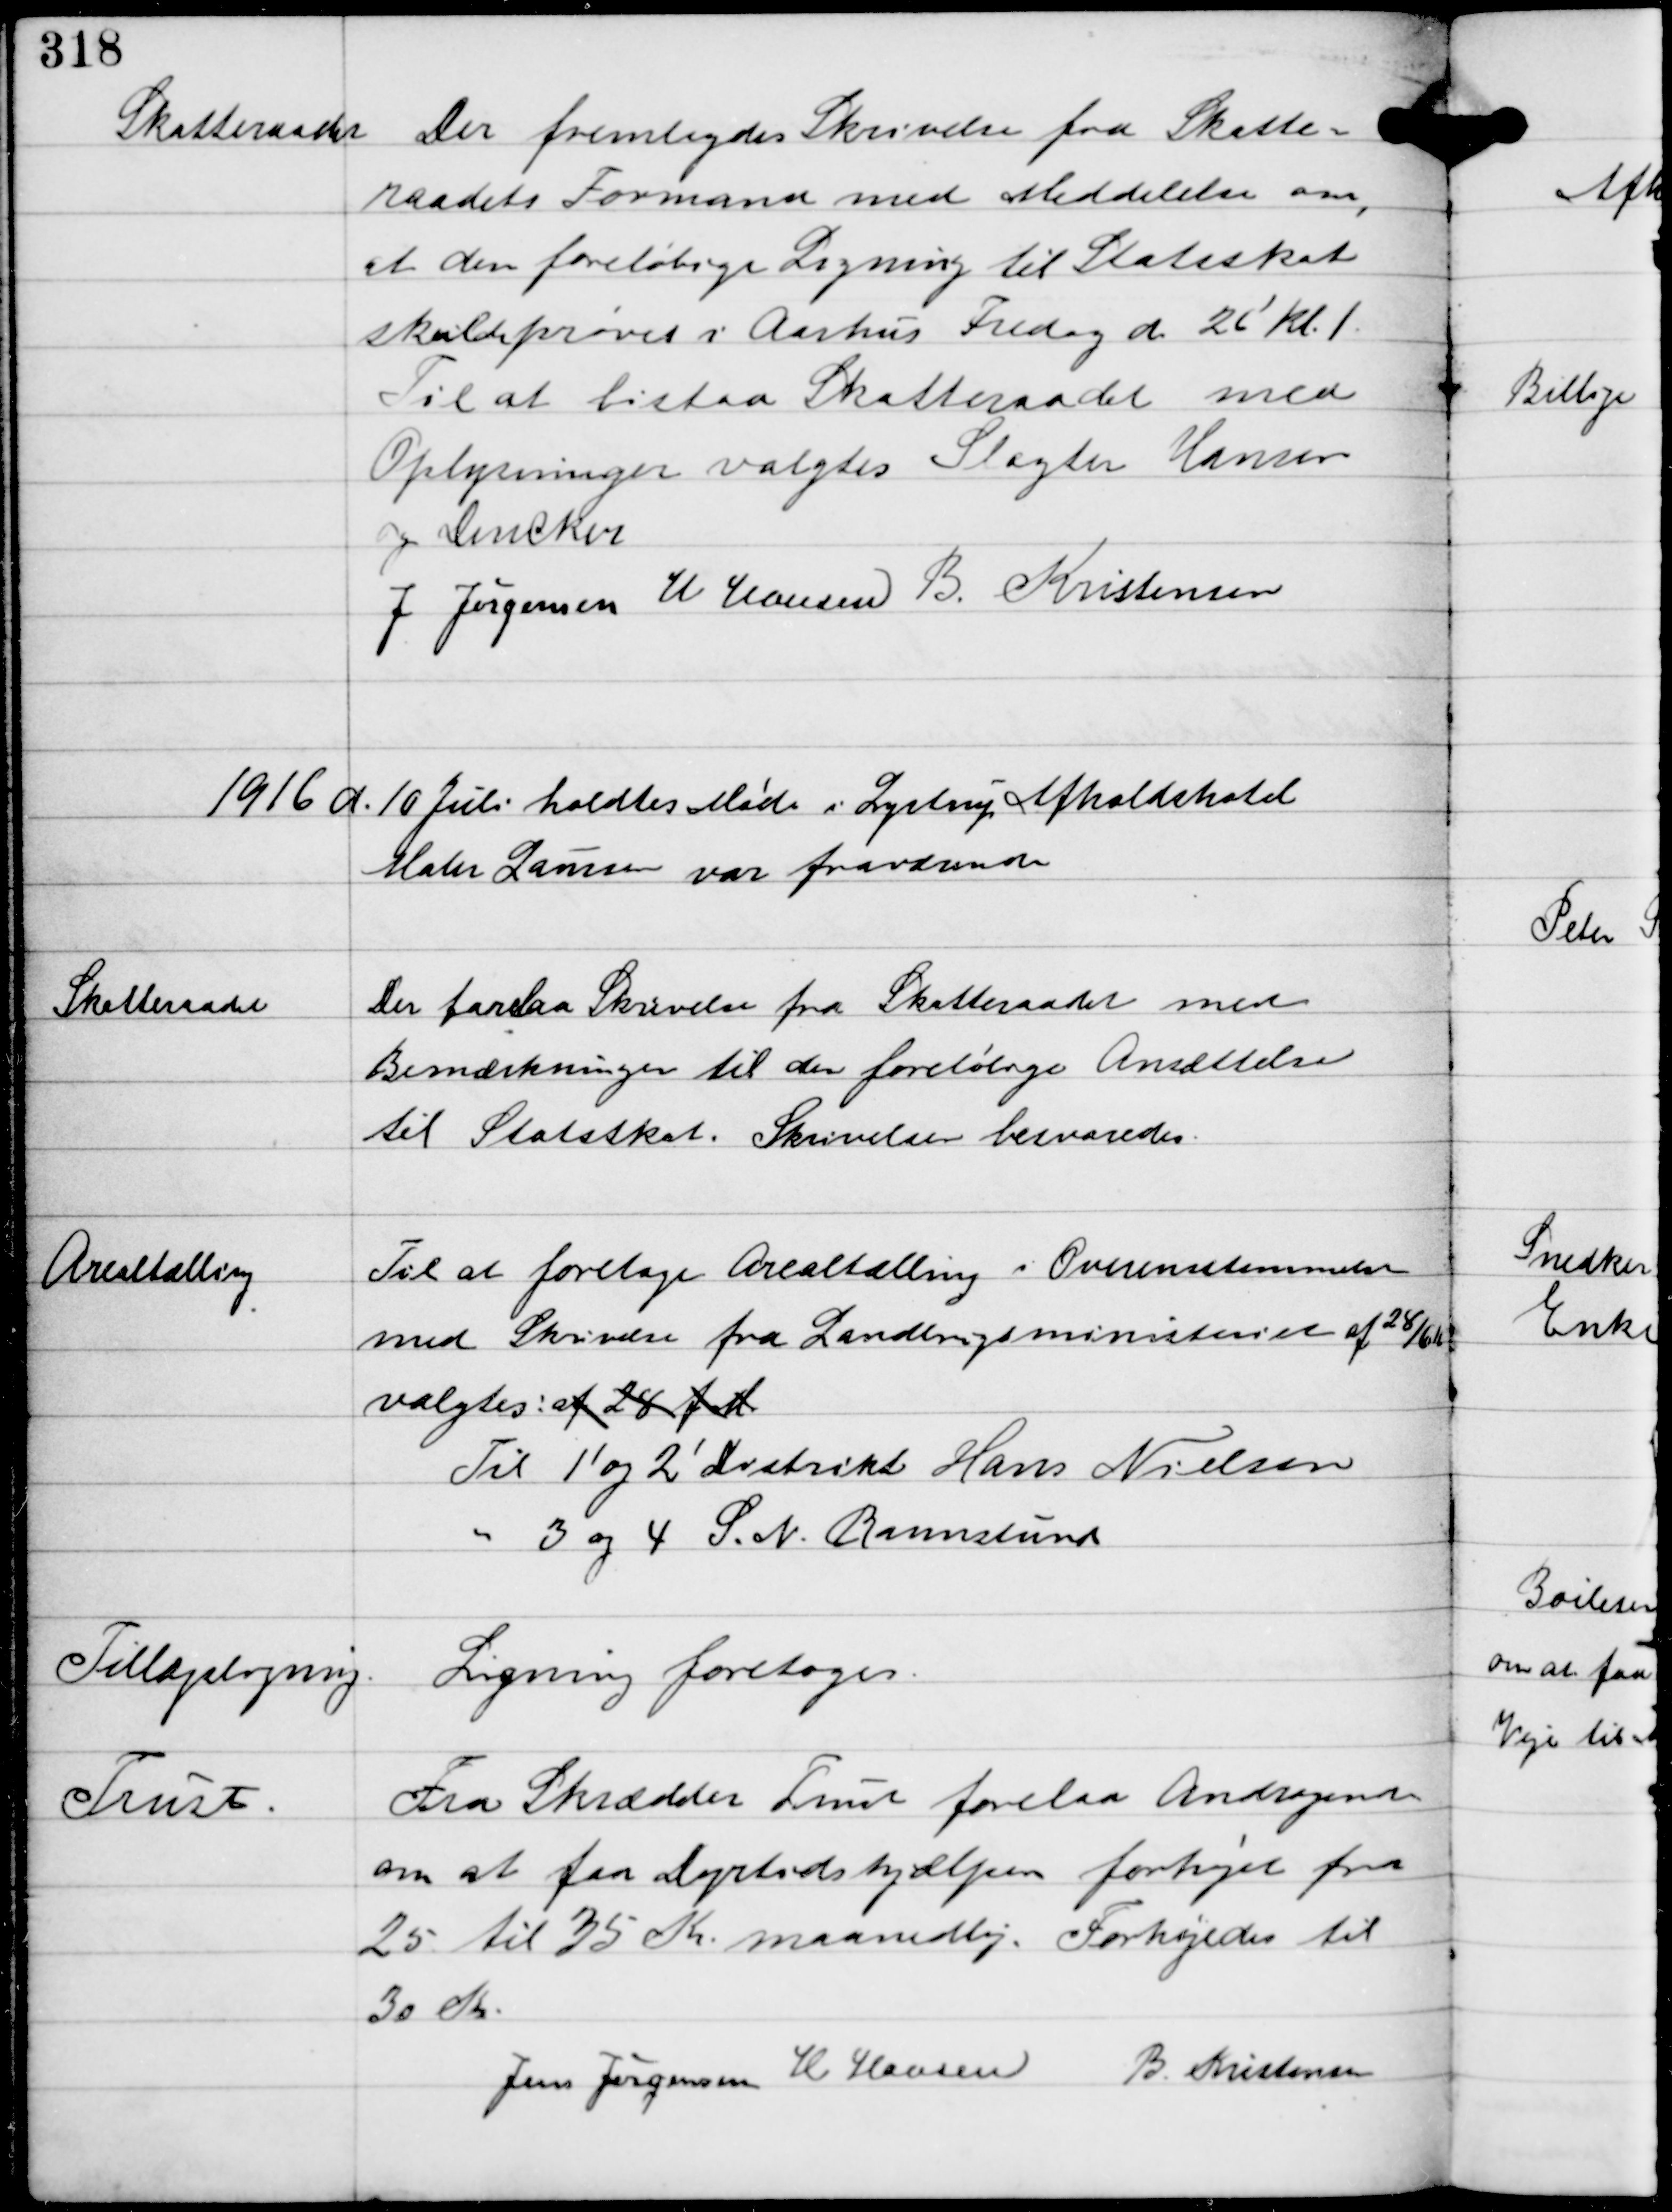
Transskription:
Skatteraadet

Der fremlagdes Skrivelse fra Skatte-
raadets Formand med Meddelelse om,
at den foreløbige Ligning til Statsskat
skulde prøves i Aarhus Fredag d. 26' Kl. 1
Til at bistaa Skatteraadet med
Oplysninger valgtes Slagter Hansen
og Dencker
J Jørgensen H. Hansen B. Kristensen

1916 d. 10 Juli holdtes Møde i Lystrup Afholdshotel
Maler Laursen var fraværende

Skatteraadet

Der forelaa Skrivelse fra Skatteraadet med
Bemærkninger til den foreløbige Ansættelse
til Statsskat. Skrivelsen besvaredes.

Arealtælling

Til at foretage Arealtælling i Overensstemmende
med Skrivelse fra Landbrugsministeriet af 28/6 11
valgtes: af.28 f.d
Til 1' og 2' Distrikt Hans Nielsen
" 3 og 4 S.N. Raunslund.

Tillægsligning.

Ligning foretoges.

Trust.

Fra Skrædder Trust forelaa Andragende
om at faa Dyrtidshjælpen forhøjet fra
25 til 35 Kr. maanedlig. Forhøjedes til
30 Kr.

Jens Jørgensen H Hansen
B Kristensen